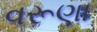
વરૂણા